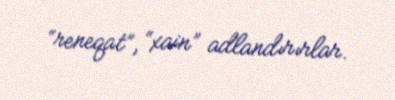
“reneqat”, “xain” adlandırırlar.